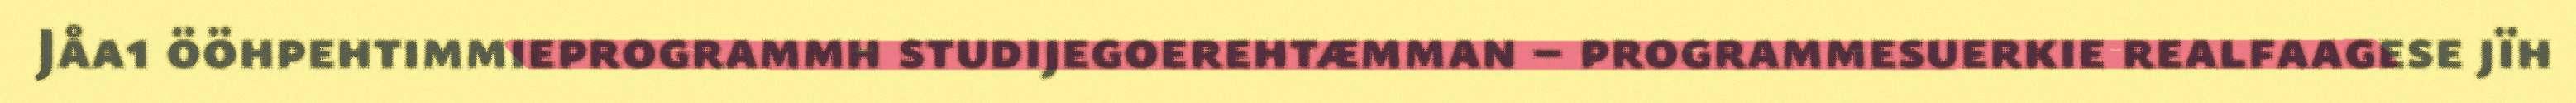
Jåa1 ööhpehtimmieprogrammh studijegoerehtæmman – programmesuerkie realfaagese jïh